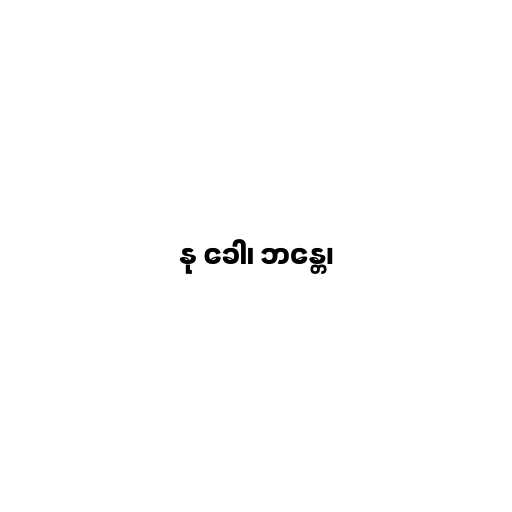
နု ခေါ၊ ဘန္တေ၊